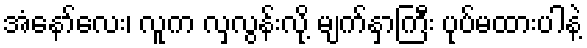
အံနော်လေး၊ လူက လှလွန်းလို့ မျက်နှာကြီး ပုပ်မထားပါနဲ့